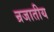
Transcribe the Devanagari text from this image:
न्रजातीय